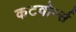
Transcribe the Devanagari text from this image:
कटवोर्म्स